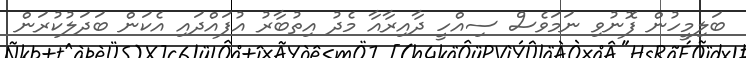
ބަލިމީހުން ފޮނުވި ނަމަވެސް ސިއްހީ ދާއިރާއާ މެދު އިތުބާރު އުފައްދައި އެކަން ބަދަލުކުރަން